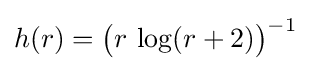
h(r)={\bigl (}r\,\log(r+2){\bigr )}^{-1}